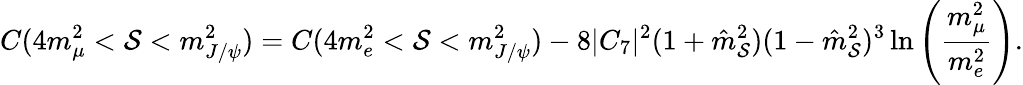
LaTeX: C(4m_{\mu}^{2}<\mathcal{S}<m_{J/\psi}^{2})=C(4m_{e}^{2}<\mathcal{S}<m_{J/\psi}^{2})-8|C_{7}|^{2}(1+\hat{{m}}_{\mathcal{S}}^{2})(1-\hat{{m}}_{\mathcal{S}}^{2})^{3}\ln\left(\frac{{m_{\mu}^{2}}}{{m_{e}^{2}}}\right).